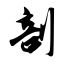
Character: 剖